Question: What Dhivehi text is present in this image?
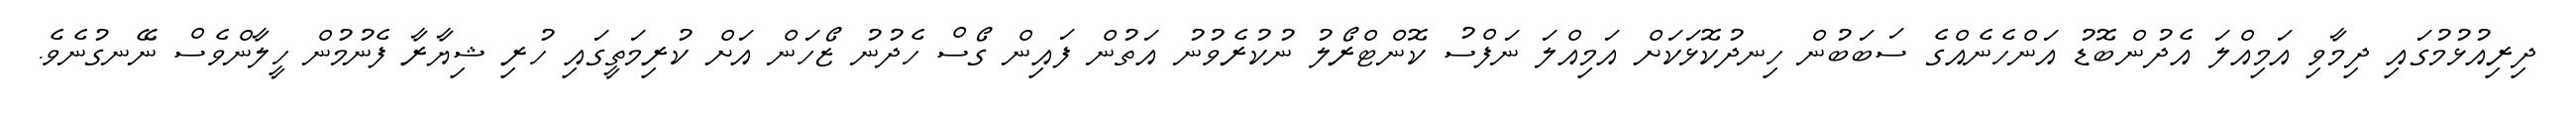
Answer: ދިރިއުޅުމުގައި ދިމާވި އަމިއްލަ އެދުންބޮޑު އަންހެނެއްގެ ސަބަބުން ހިނދުކޮޅަކަށް އަމިއްލަ ނަފްސު ކޮންޓްރޯލު ނުކުރެވުނު އަތުން ފައިން ގޯސް ހެދުނު ޒޯހަން އަށް ކުރިމަތީގައި ހުރި ޝިޔާރާ ފެނުމުން ހީލާންވެސް ނޭނގުނެވެ.